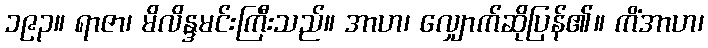
၁၉၃။ ရာဇာ၊ မိလိန္ဒမင်းကြီးသည်။ အာဟ၊ လျှောက်ဆိုပြန်၏။ ကိံအာဟ၊